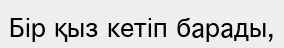
Бір қыз кетіп барады,